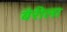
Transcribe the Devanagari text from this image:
बैरीला